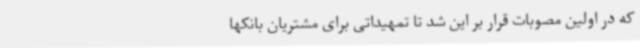
که در اولین مصوبات قرار بر این شد تا تمهیداتی برای مشتریان بانکها